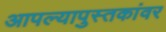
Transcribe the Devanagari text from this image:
आपल्यापुस्तकांवर